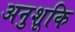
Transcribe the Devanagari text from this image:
अनुशूकि